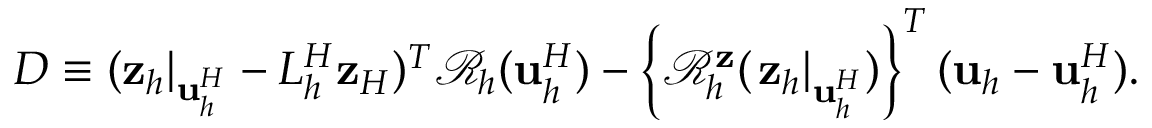
D \equiv ( \mathbf { z } _ { h } | _ { \mathbf { u } _ { h } ^ { H } } - L _ { h } ^ { H } \mathbf { z } _ { H } ) ^ { T } \mathcal { R } _ { h } ( \mathbf { u } _ { h } ^ { H } ) - \left\{ \mathcal { R } _ { h } ^ { \mathbf { z } } ( \left. \mathbf { z } _ { h } \right| _ { \mathbf { u } _ { h } ^ { H } } ) \right\} ^ { T } ( \mathbf { u } _ { h } - \mathbf { u } _ { h } ^ { H } ) .